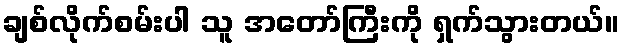
ချစ်လိုက်စမ်းပါ သူ အတော်ကြီးကို ရှက်သွားတယ်။